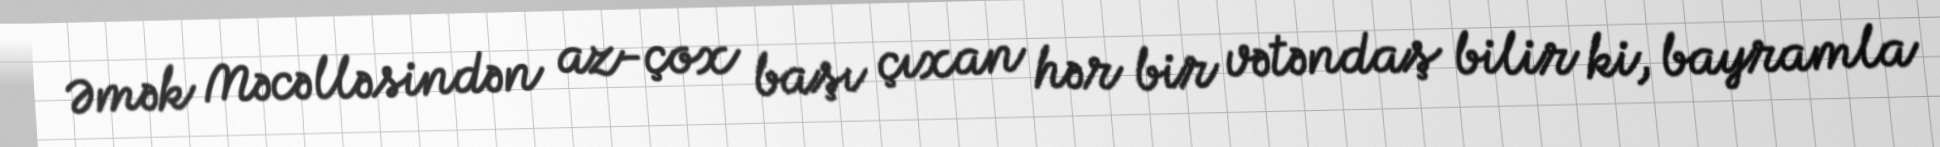
Əmək Məcəlləsindən az-çox başı çıxan hər bir vətəndaş bilir ki, bayramla